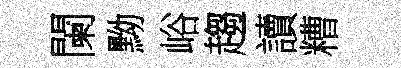
闌黝峪趨讀糟